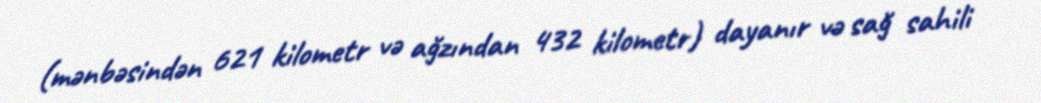
(mənbəsindən 621 kilometr və ağzından 432 kilometr) dayanır və sağ sahili